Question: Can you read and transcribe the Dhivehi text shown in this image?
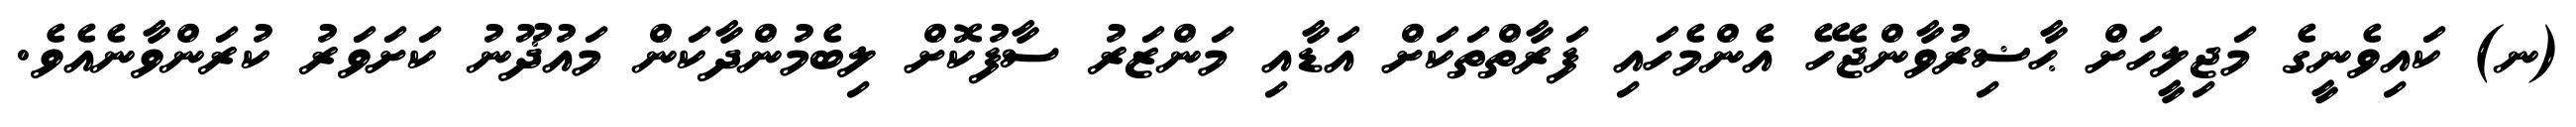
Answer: (ނ) ކައިވެނީގެ މަޖިލީހަށް ޙާޟިރުވާންޖެހޭ އެންމެހައި ފަރާތްތަކަށް އަޑާއި މަންޒަރު ސާފުކޮށް ލިބެމުންދާކަން މައުޛޫނު ކަށަވަރު ކުރަންވާނެއެވެ.